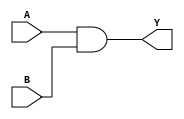
module combinational_logic (
    input A, 
    input B, 
    output Y
);

assign Y = A & B;

endmodule